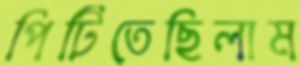
পিটিতেছিলাম